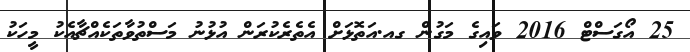
25 އޯގަސްޓް 2016 ވައިގެ މަގުން ގއ.އަތޮޅަށް އެތެރެކުރަން އުޅުނު މަސްތުވާތަކެއްޗާއެކު މީހަކު